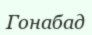
Гонабад